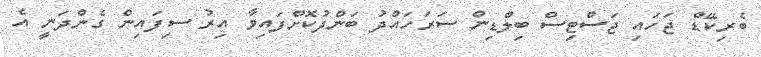
ބެރިކޭޑް ޖަހައި ޖަސްޓިސް ބިލްޑިން ސަރަހައްދު ބަންދުކޮށްފައިވާ އިރު ސިފައިން ގެންދަނީ އެ